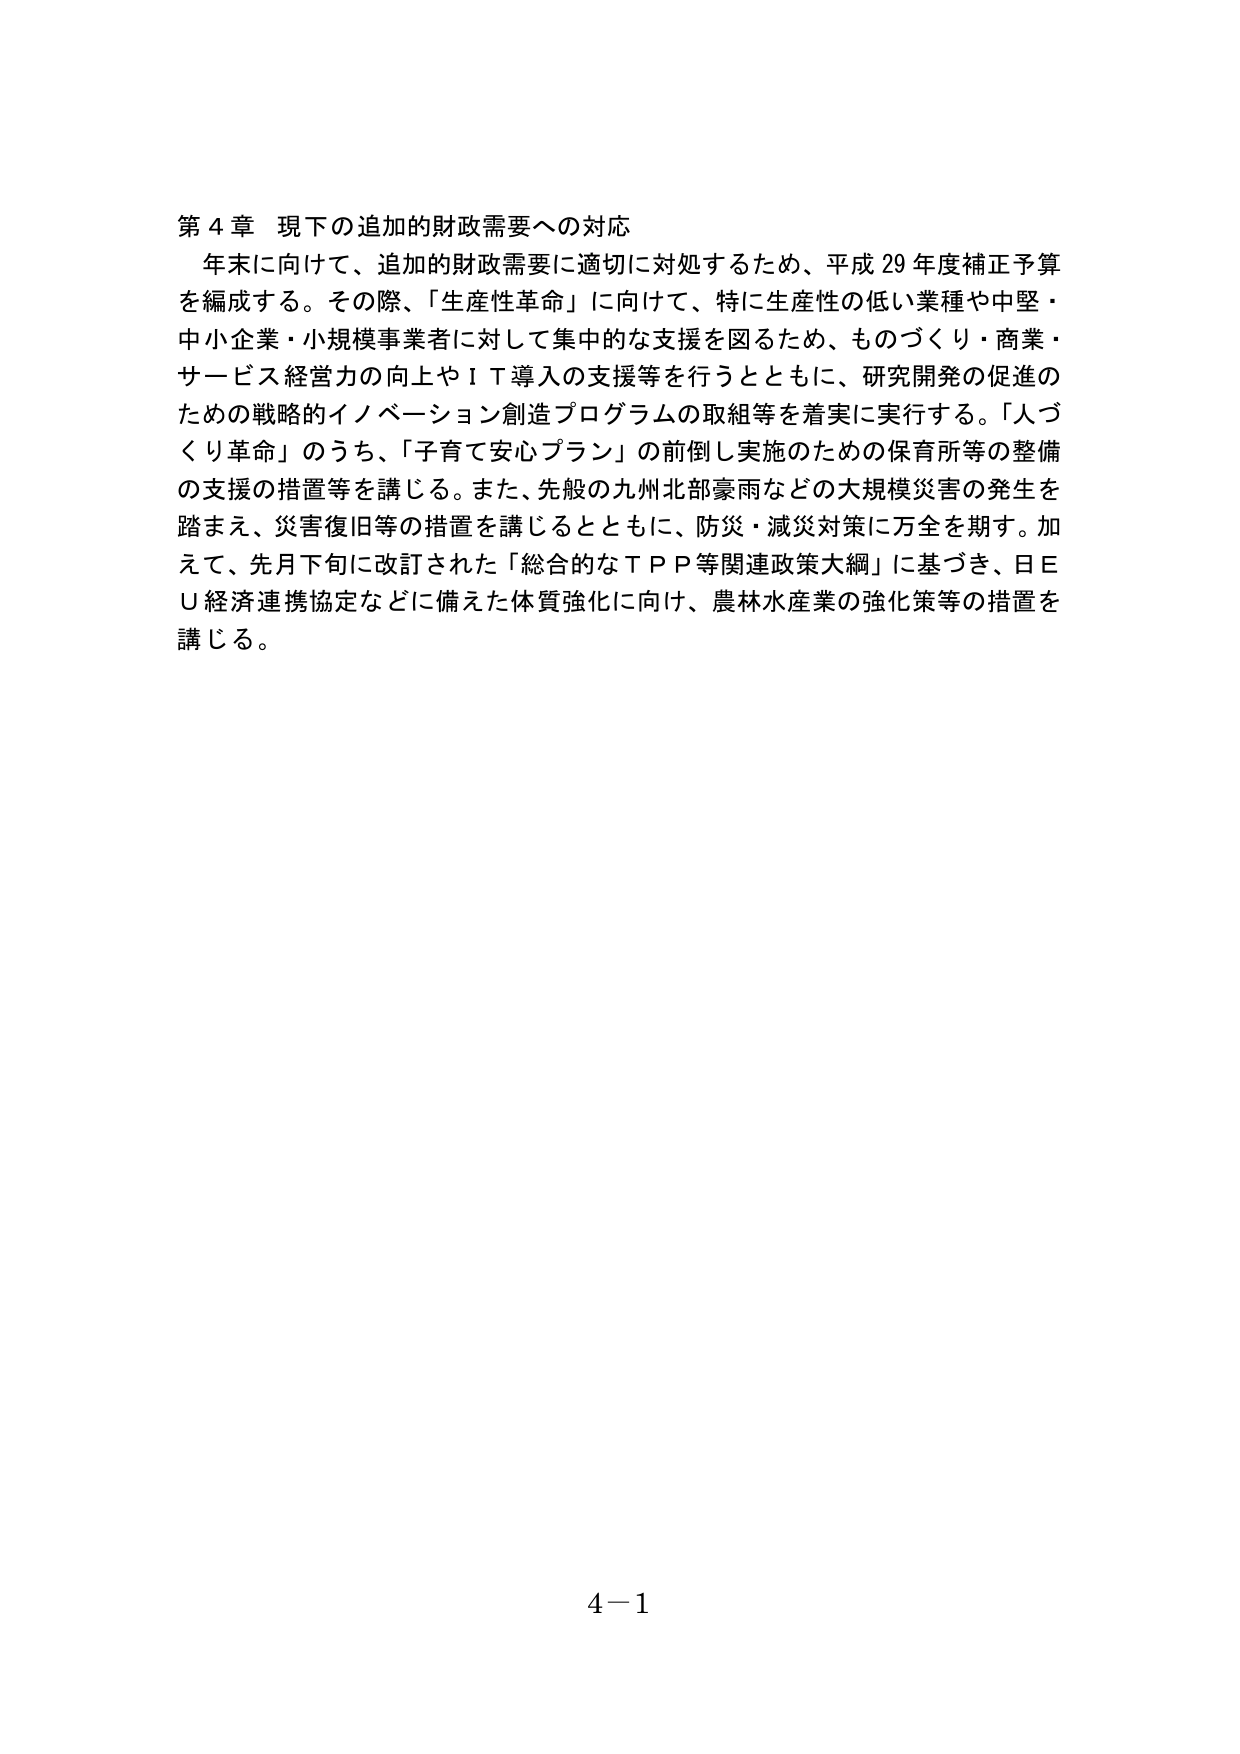
第４章 現下の追加的財政需要への対応
年末に向けて、追加的財政需要に適切に対処するため、平成29年度補正予算を編成する。その際、「生産性革命」に向けて、特に生産性の低い業種や中堅・中小企業・小規模事業者に対して集中的な支援を図るため、ものづくり・商業・サービス経営力の向上やＩＴ導入の支援等を行うとともに、研究開発の促進のための戦略的イノベーション創造プログラムの取組等を着実に実行する。「人づくり革命」のうち、「子育て安心プラン」の前倒し実施のための保育所等の整備の支援の措置等を講じる。また、先般の九州北部豪雨などの大規模災害の発生を踏まえ、災害復旧等の措置を講じるとともに、防災・減災対策に万全を期す。加えて、先月下旬に改訂された「総合的なＴＰＰ等関連政策大綱」に基づき、日ＥＵ経済連携協定などに備えた体質強化に向け、農林水産業の強化策等の措置を講じる。

4－1